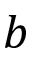
b